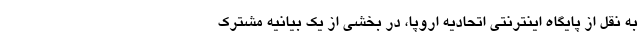
به نقل از پایگاه اینترنتی اتحادیه اروپا، در بخشی از یک بیانیه مشترک